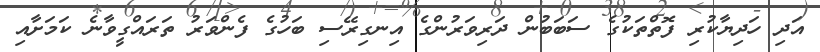
އަދި ހަދިޔާކުރި ފޮތްތަކުގެ ސަބަބުން ދަރިވަރުންގެ އިނގިރޭސި ބަހުގެ ފެންވަރު ތަރައްގީވާނެ ކަމަށާއި